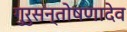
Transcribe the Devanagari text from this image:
गुरुसन्तोषणादेव